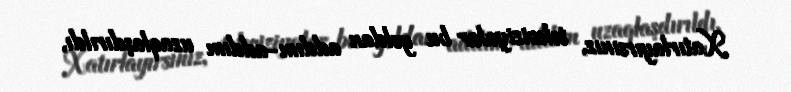
Xatırlayırsınız, televiziyalar bu yoldan addım-addım uzaqlaşdırıldı,